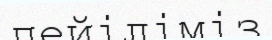
пейіліміз